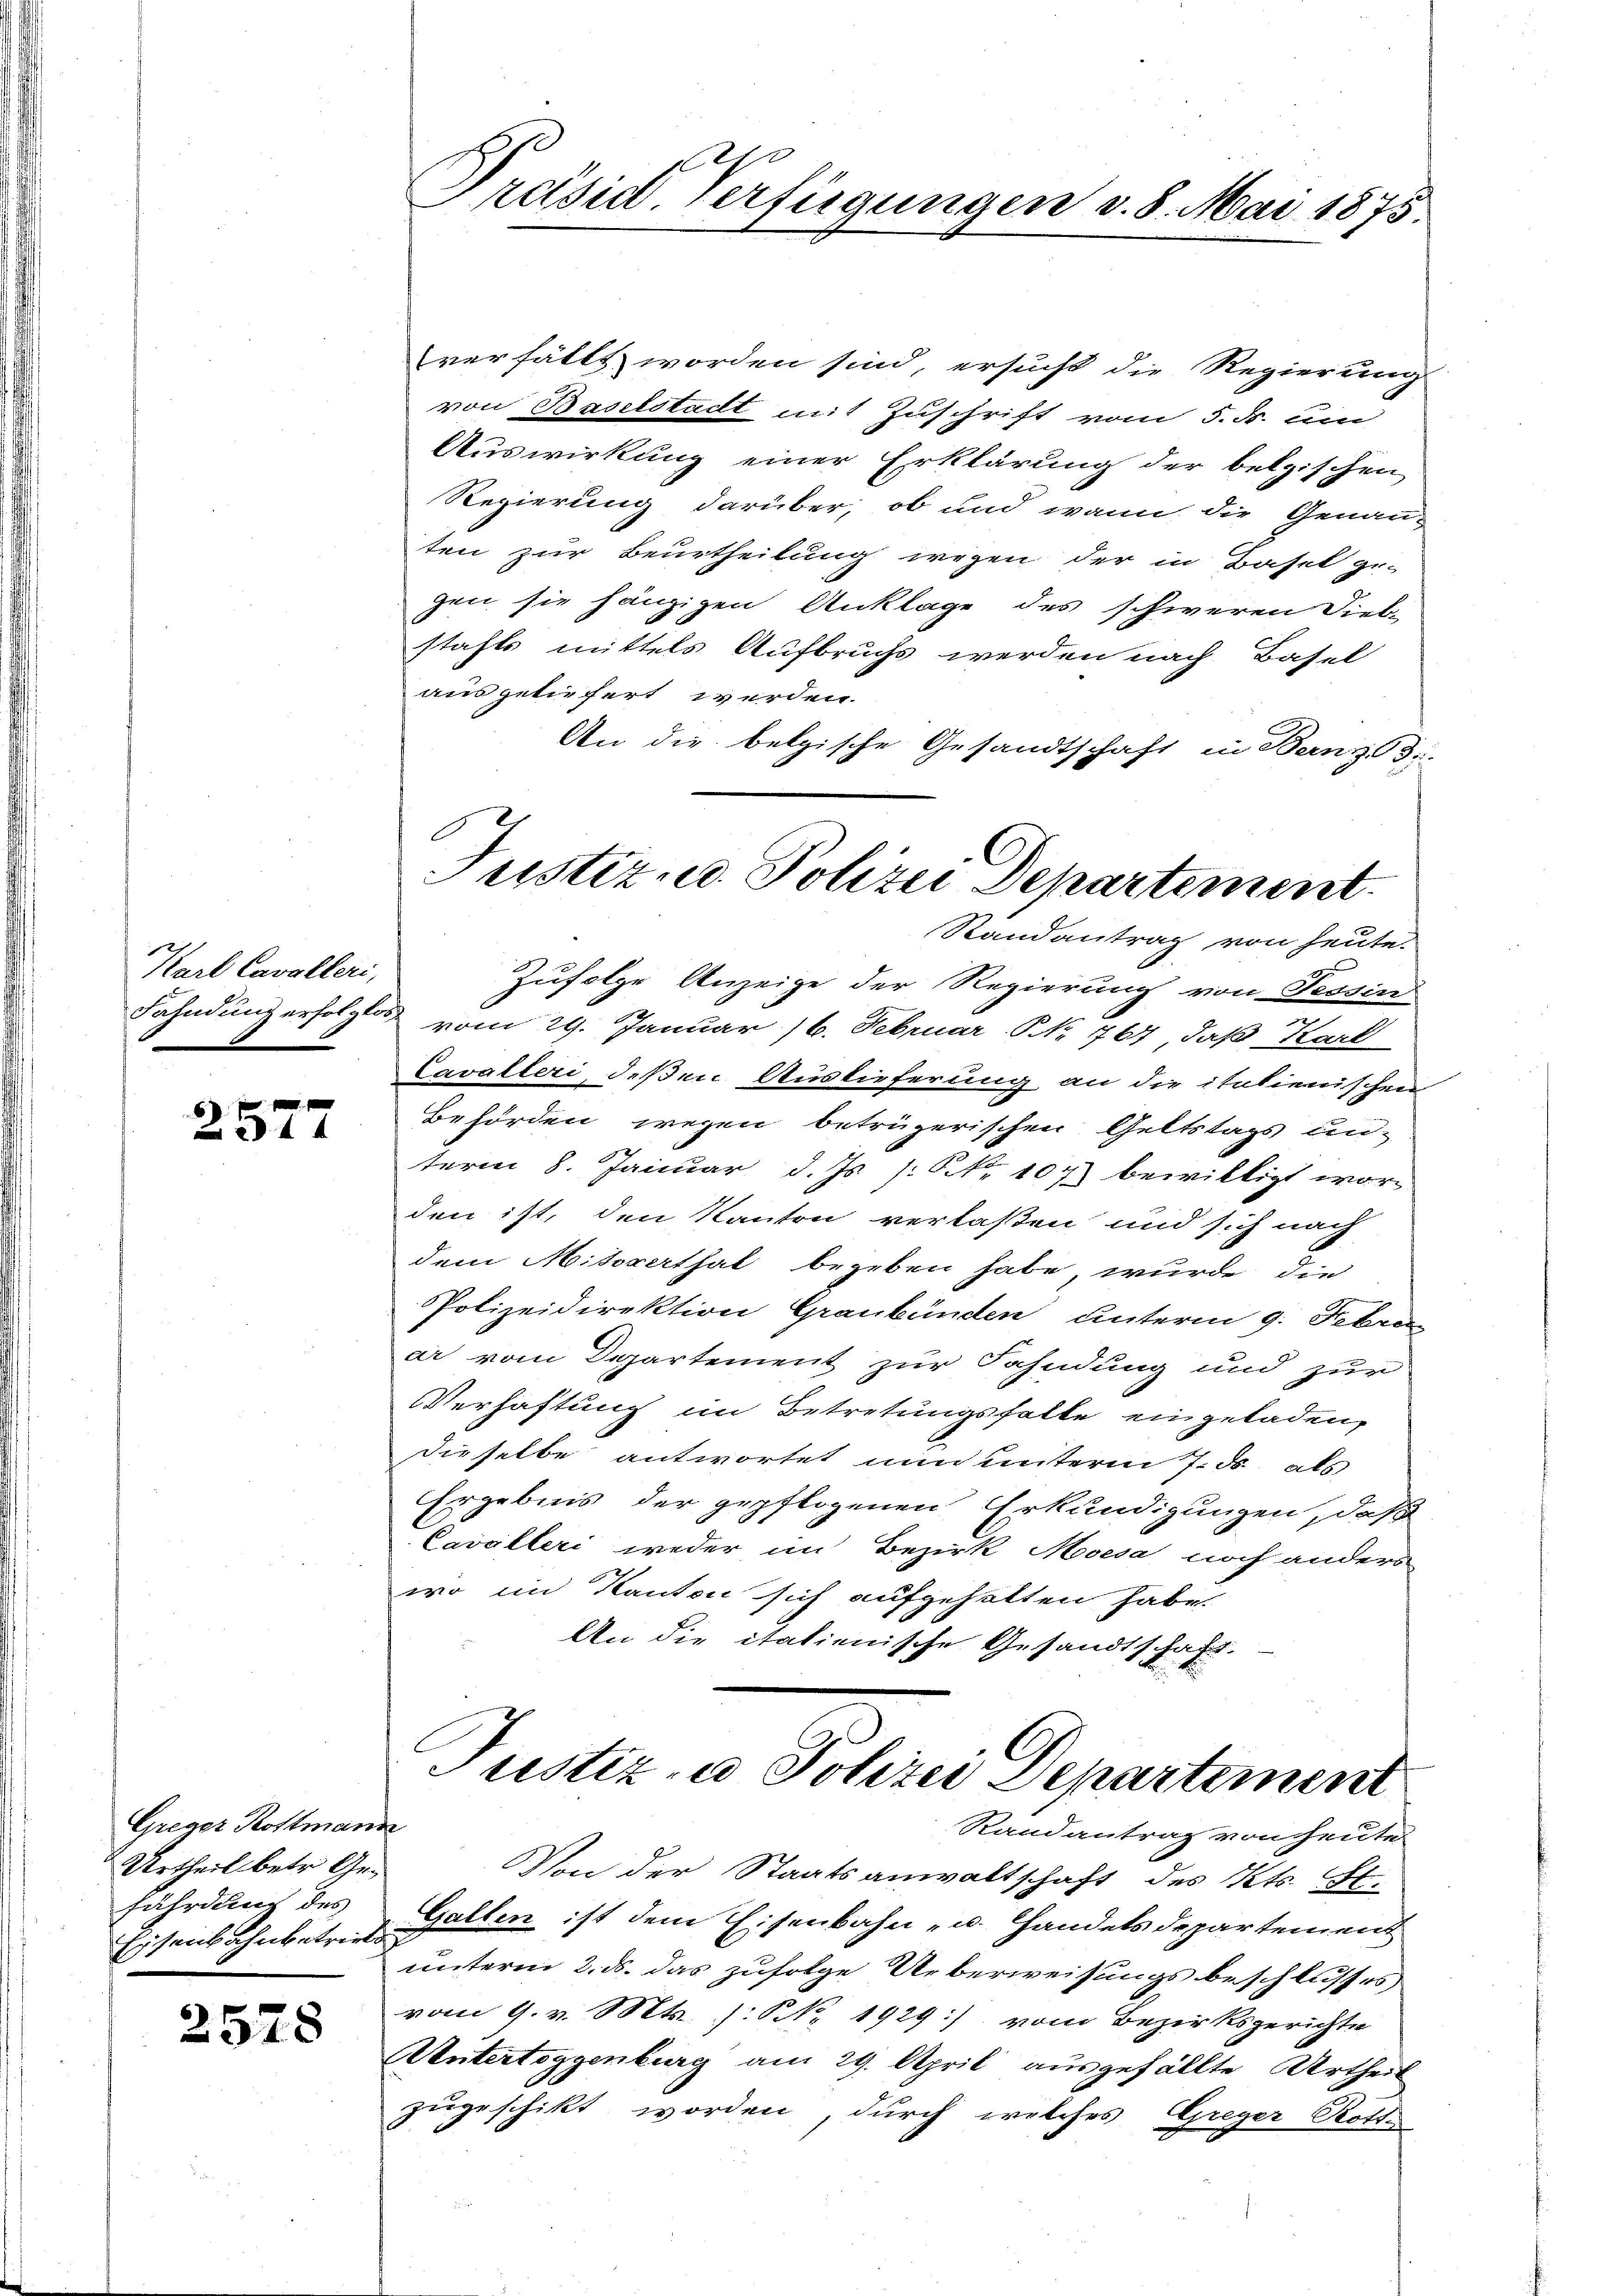
Karl Cavalleri,

f 0 x
 24 x

Greger Kollmann
Urtheil betr. Gefährdung des
Eisenbahnbetriebe

2578

verfällt worden sind, ersucht die Regierung
von Baselstadt mit Zuschrift vom 5. F. um
Auswirkung einer Erklärung der belgischen
Regierung darüber, ob und wann die Genau-
ten zur Beurtheilung wegen der in Basel ge-
gen sie hänzigen Anklage des schweren Dieb-
stahls mittels Aufbruchs werden nach Basel
ausgeliefert werden.
An die belgische Gesandtschaft in Bern, 3.

d
Präsid. Verfügungen v. 8. Mai 1875.

Justiz- u. Polizei Departement.
Randantrag von heute.

Zufolge Anzeige der Regierung von Tessin
Fahndung erfolge vom 29. Januar 16. Februar NNo. 767, daß Karl
Cavalleri, deßen Auslieferung an die italienischen
Behörden wegen betrügerischen Geltstags un-
term 8. Januar d. Js. (: No 107) bewilligt worden ist, den Kanton verlaßen und sich nach
dem Mitererthal begeben habe, wurde die
Polizeidirektion Graubünden unterm 9. Febru
ar vom Departement zur Fahndung und zur
Verhaftung im Betretungsfalle eingeladen,
dieselbe antwortet nun unterm 7. ds als
Ergebnis der gepflogenen Erkundigungen, daß
Cavalleri weder im Bezirk Moesa noch anders
wo im Kanton sich aufgehalten habe
An die italienische Gesandtschaft.

Justiz- u Polizei Departement
Randantrag von heute

Von der Staatsanwaltschaft des Kts. St.
Gallen ist dem Eisenbahn- u. Handelsdepartement
unterm 2. ds. das zufolge Ueberweisungsbeschlusses
vom 9. v. Mts. (: N. 1929) vom Bezirksgerichte
Untertoggenburg am 29. April ausgefällte Urtheil
zugeschikt worden, durch welches Greger Rott